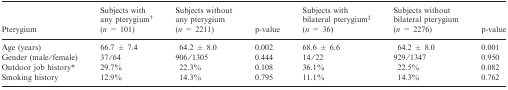
<table><thead><tr><td><b>Pterygium</b></td><td><b>Subjects with any pterygium† (<i>n</i> = 101)</b></td><td><b>Subjects without any pterygium (<i>n</i> = 2211)</b></td><td><b>p-value</b></td><td><b>Subjects with bilateral pterygium‡ (<i>n</i> = 36)</b></td><td><b>Subjects without bilateral pterygium (<i>n</i> = 2276)</b></td><td><b>p-value</b></td></tr></thead><tbody><tr><td>Age (years)</td><td>66.7 ± 7.4</td><td>64.2 ± 8.0</td><td>0.002</td><td>68.6 ± 6.6</td><td>64.2 ± 8.0</td><td>0.001</td></tr><tr><td>Gender (male/female)</td><td>37/64</td><td>906/1305</td><td>0.444</td><td>14/22</td><td>929/1347</td><td>0.950</td></tr><tr><td>Outdoor job history*</td><td>29.7%</td><td>22.3%</td><td>0.108</td><td>36.1%</td><td>22.5%</td><td>0.082</td></tr><tr><td>Smoking history</td><td>12.9%</td><td>14.3%</td><td>0.795</td><td>11.1%</td><td>14.3%</td><td>0.762</td></tr></tbody></table>